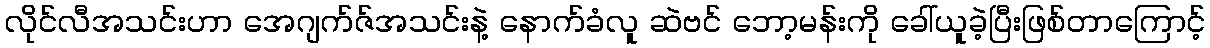
လိုင်လီအသင်းဟာ အေဂျက်ဇ်အသင်းနဲ့ နောက်ခံလူ ဆဲဗင် ဘော့မန်းကို ခေါ်ယူခဲ့ပြီးဖြစ်တာကြောင့်